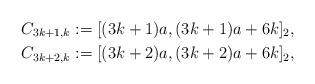
LaTeX: \begin{align*}C_{3k+1,k} & := [(3k+1) a, (3k+1)a + 6 k ]_2,\\C_{3k+2,k} & := [(3k+2) a, (3k+2)a + 6 k ]_2,\end{align*}